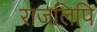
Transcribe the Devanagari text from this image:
राजलिपि